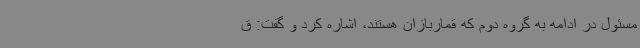
مسئول در ادامه به گروه دوم که قماربازان هستند، اشاره کرد و گفت: ق